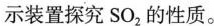
示装置探究SO_{2}的性质。